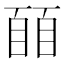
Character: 𬛭